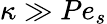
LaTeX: \kappa\gg Pe_{s}